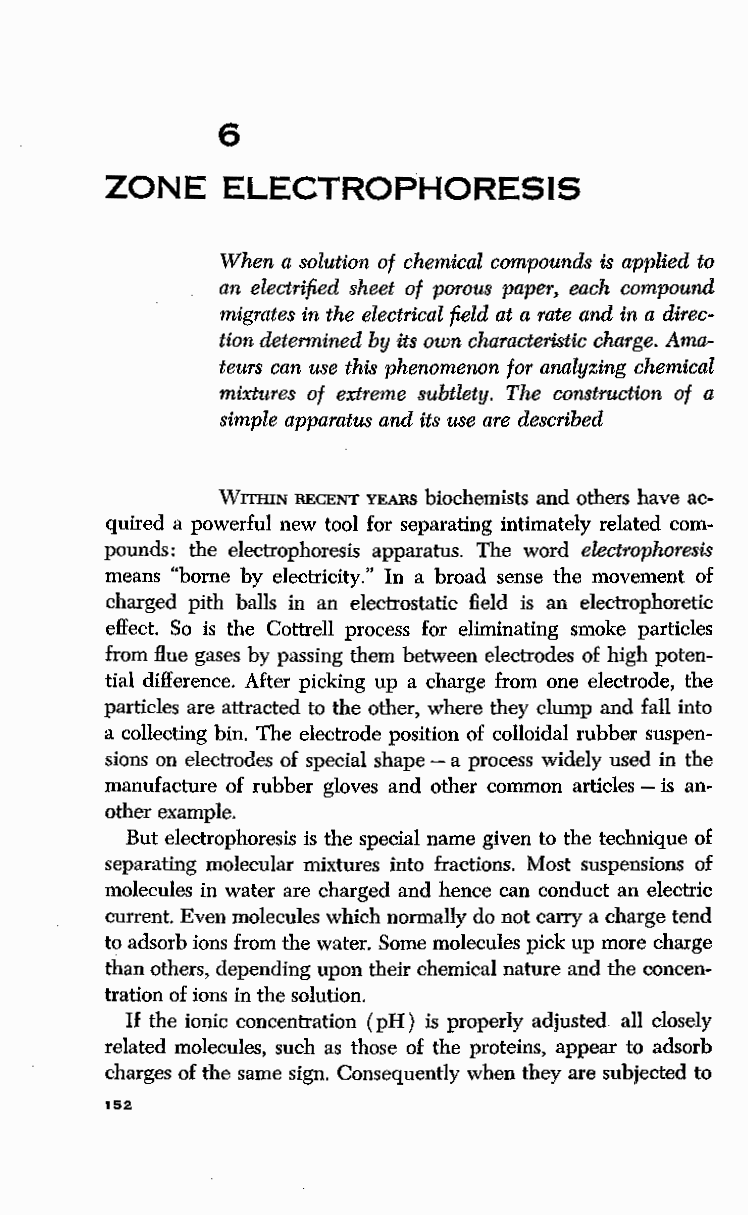
6
 ZONE    ELECTROPHORESIS
 When a solution of chemical compounds is applied to
 an electrified sheet of porous paper, each compound
 migrates in the electrical field at a rate and in a direc
 tion determined by its own characteristic charge. Ama
 teurs can use this phenomenon for analyzing chemical
 mixtures of extreme subtlety. The construction of a
 simple apparatus and its use are described
 WITHIN RECENT YEARS biochemists and others have ac
 quired a powerful new tool for separating intimately related com
 pounds: the electrophoresis apparatus. The word electrophoresis
 means "borne by electricity." In a broad sense the movement of
 charged pith balls in an electrostatic field is an electrophoretic
 effect. So is the Cottrell process for eliminating smoke particles
 from flue gases by passing them between electrodes of high poten
 tial difference. After picking up a charge from one electrode, the
 particles are attracted to the other, where they clump and fall into
 a collecting bin. The electrode position of colloidal rubber suspen
 sions on electrodes of special shape - a process widely used in the
 manufacture of rubber gloves and other common articles - is an
 other example.
 But electrophoresis is the special name given to the technique of
 separating molecular mixtures into fractions. Most suspensions of
 molecules in water are charged and hence can conduct an electric
 current. Even molecules which normally do not carry a charge tend
 to adsorb ions from the water. Some molecules pick up more charge
 than others, depending upon their chemical nature and the concen
 tration of ions in the solution.
 If the ionic concentration (pH) is properly adjusted all closely
 related molecules, such as those of the proteins, appear to adsorb
 charges of the same sign. Consequently when they are subjected to
 152